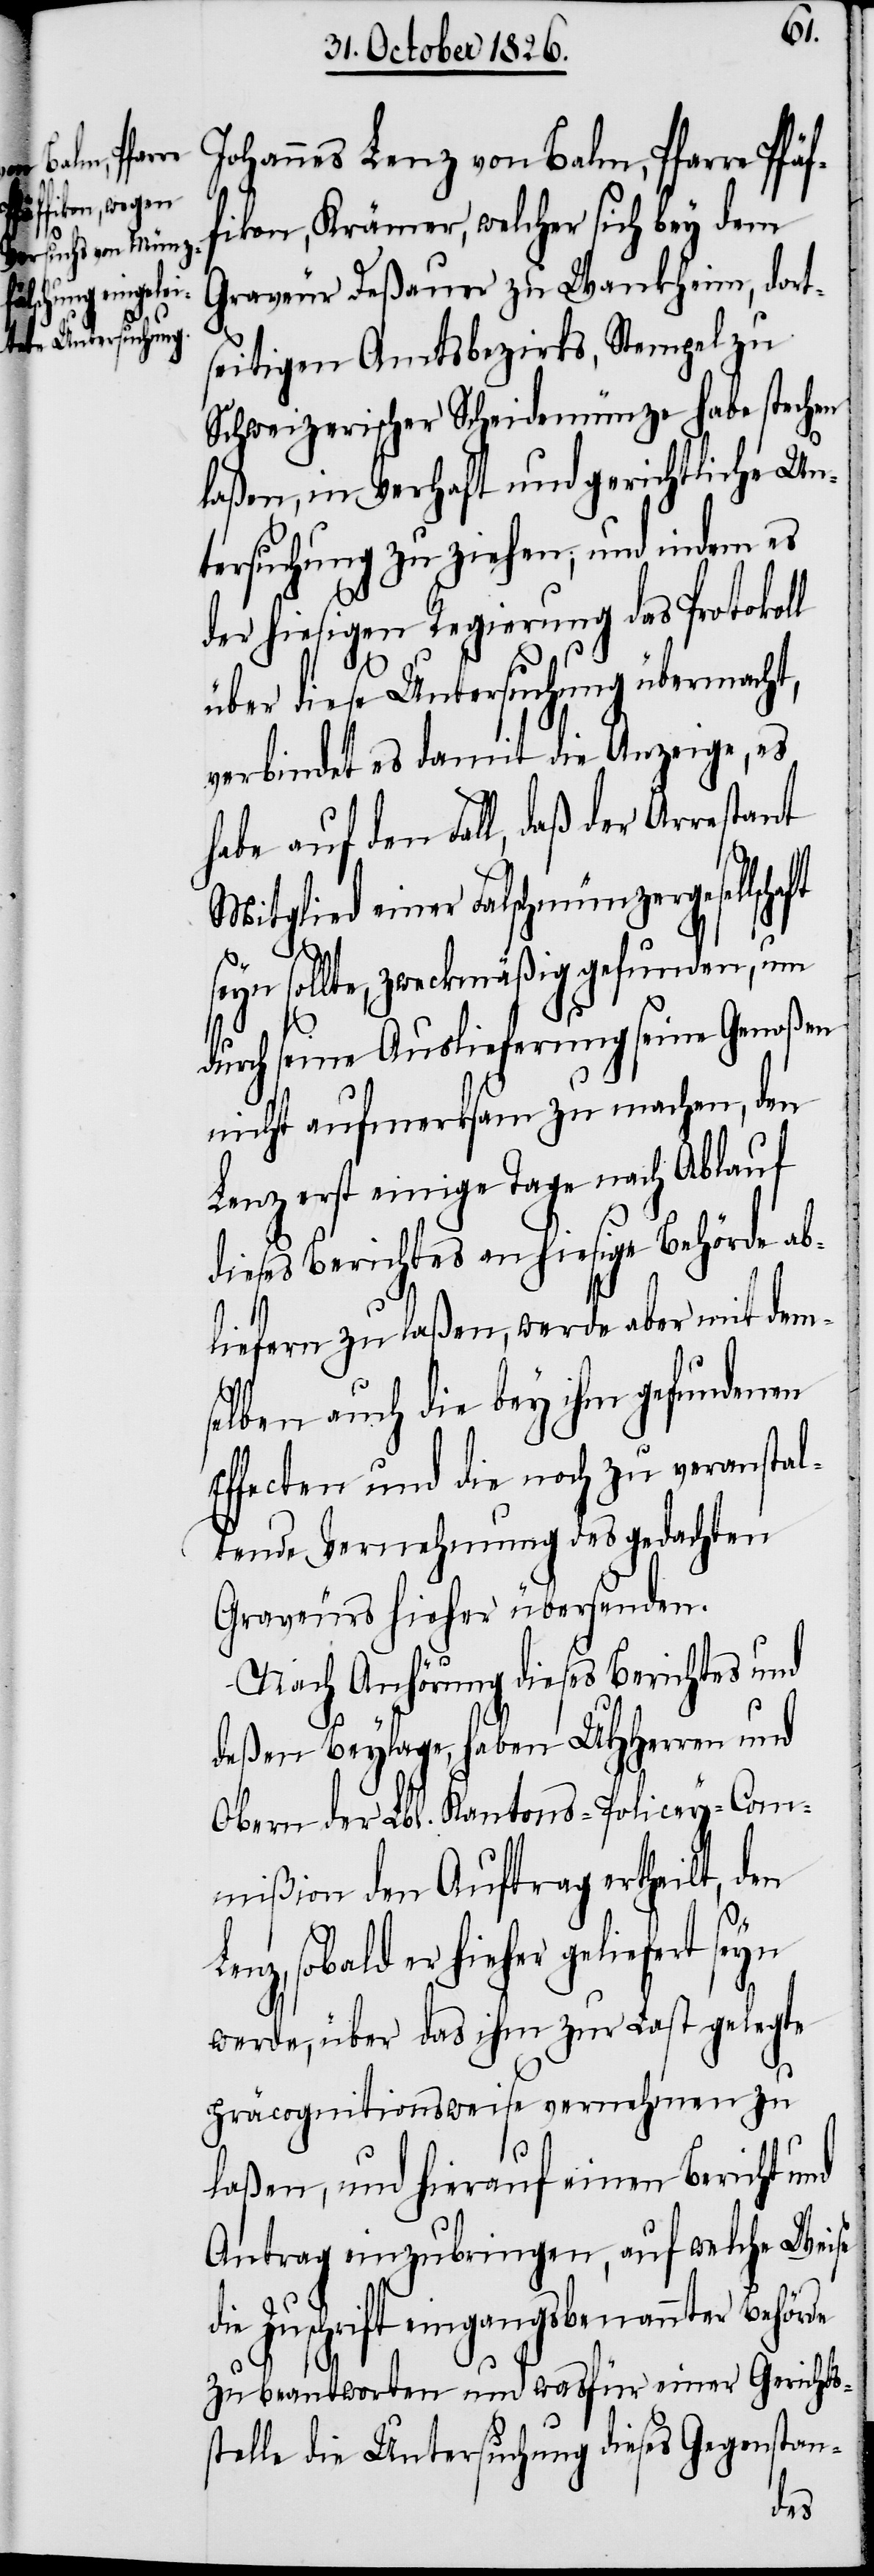
de

Johannes Lenz von Balm, Pfarre Pfäf¬
fikon, Krämer, welcher sich bey dem
Graveur Deßauer zu Wankheim, dort¬
seitigen Amtsbezirks, Stempel zu
Schweizerischer Scheidemünze habe stechen
laßen, in Verhaft und gerichtliche Un¬
tersuchung zu ziehen, und indem es
der hiesigen Regierung das Protokoll
über diese Untersuchung übermacht,
verbindet es damit die Anzeige, es
habe auf den Fall, daß der Arrestant
Mitglied einer Falschmünzergesellschaft
seyn sollte, zweckmäßig gefunden, um
durch seine Auslieferung seine Genoßen
nicht aufmerksam zu machen, den
Lenz erst einige Tage nach Ablauf
dieses Berichtes an hiesige Behörde ab¬
liefern zu laßen, werde aber mit dem¬
selben auch die bey ihm gefundenen
Effecten und die noch zu veranstal¬
tende Vernehmung des gedachten
Graveurs hieher übersenden.
Nach Anhörung dieses Berichtes und
deßen Beylage, haben UHHerren und
Obern der Lbl. Kantons-Policey-Com¬
mißion den Auftrag ertheilt, den
sobald er hieher geliefert
werde, über das ihm zur Last gelegte
präcognitionsweise vernehmen zu
laßen, und hierauf einen Bericht und
Antrag einzubringen, auf welche Weise
Zuschrift eingangsbenannter Behör¬
zu beantworten und was für einer Gerichts¬
stelle die Untersuchung dieses Gegenstan-